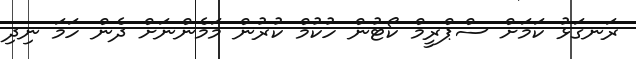
ރަނގަޅު ކަމަށް ސްޕްރީމް ކޯޓުން ހުކުމް ކުރުން މަމެންނަށް ދެން ހަމަ ނިދި